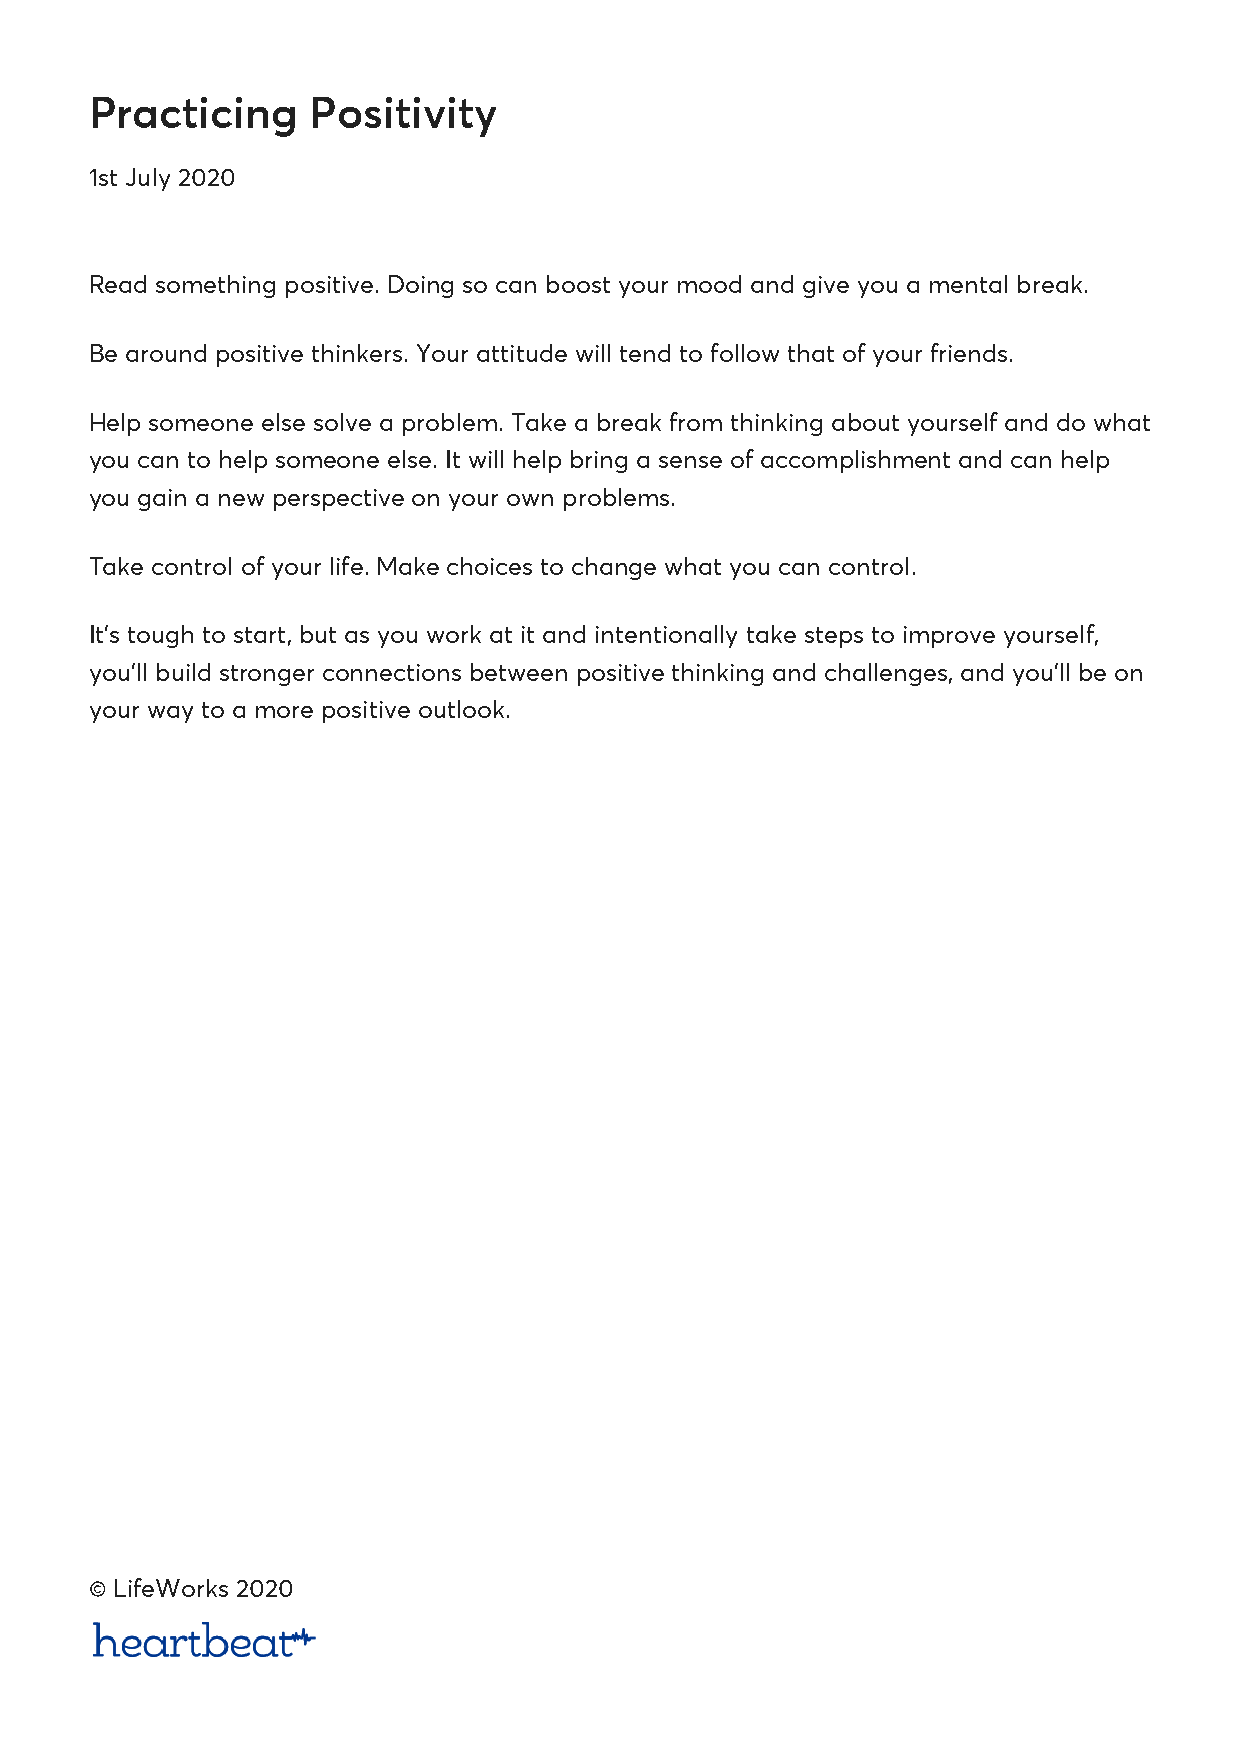
Practicing     Positivity
 1st July 2020
 Read something positive. Doing so can boost your mood and give you a mental break.
 Be around positive thinkers. Your attitude will tend to follow that of your friends.
 Help someone else solve a problem. Take a break from thinking about yourself and do what
 you can to help someone else. It will help bring a sense of accomplishment and can help
 you gain a new perspective on your own problems.
 Take control of your life. Make choices to change what you can control.
 It’s tough to start, but as you work at it and intentionally take steps to improve yourself,
 you’ll build stronger connections between positive thinking and challenges, and you’ll be on
 your way to a more positive outlook.
 © LifeWorks 2020